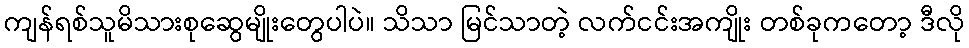
ကျန်ရစ်သူမိသားစုဆွေမျိုးတွေပါပဲ။ သိသာ မြင်သာတဲ့ လက်ငင်းအကျိုး တစ်ခုကတော့ ဒီလို